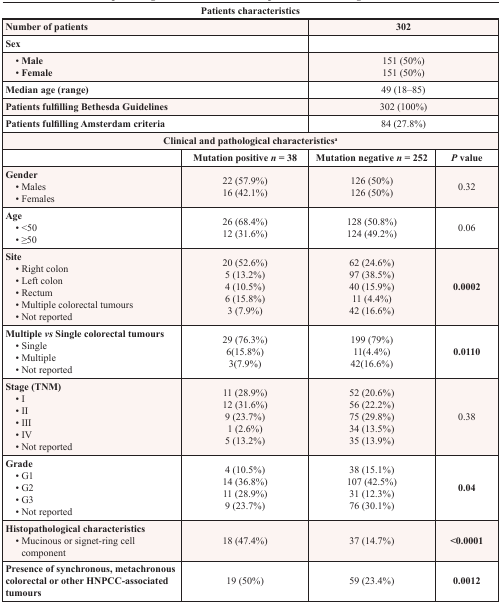
<table><thead><tr><td colspan="4"><b>Patients characteristics</b></td></tr></thead><tbody><tr><td colspan="2"><b>Number of patients</b></td><td colspan="2"><b>302</b></td></tr><tr><td colspan="2"><b>Sex</b></td><td colspan="2">[EMPTY_CELL]</td></tr><tr><td colspan="2"> • <b>Male</b></td><td colspan="2">151 (50%)</td></tr><tr><td colspan="2"> • <b>Female</b></td><td colspan="2">151 (50%)151 (50%)</td></tr><tr><td colspan="2"><b>Median age (range)</b></td><td colspan="2">49 (18–85)</td></tr><tr><td colspan="2"><b>Patients fulfilling Bethesda Guidelines</b></td><td colspan="2">302 (100%)</td></tr><tr><td colspan="2"><b>Patients fulfilling Amsterdam criteria</b></td><td colspan="2">84 (27.8%)</td></tr><tr><td colspan="4"><b>Clinical and pathological characteristics<sup>a</sup></b></td></tr><tr><td>[EMPTY_CELL]</td><td><b>Mutation positive <i>n</i> = 38</b></td><td><b>Mutation negative <i>n</i> = 252</b></td><td><b><i>P</i> value</b></td></tr><tr><td><b>Gender</b></td><td>[EMPTY_CELL]</td><td>[EMPTY_CELL]</td></tr><tr><td> • Males</td><td>22 (57.9%)</td><td>126 (50%)</td><td rowspan="2">0.32</td></tr><tr><td> • Females</td><td>16 (42.1%)</td><td>126 (50%)</td></tr><tr><td><b>Age</b></td><td>[EMPTY_CELL]</td><td>[EMPTY_CELL]</td></tr><tr><td> • &lt;50</td><td>26 (68.4%)</td><td>128 (50.8%)</td><td rowspan="2">0.06</td></tr><tr><td> • ≥50</td><td>12 (31.6%)</td><td>124 (49.2%)</td></tr><tr><td><b>Site</b></td><td>[EMPTY_CELL]</td><td>[EMPTY_CELL]</td><td>[EMPTY_CELL]</td></tr><tr><td> • Right colon</td><td>20 (52.6%)</td><td>62 (24.6%)</td><td rowspan="5"><b>0.0002</b></td></tr><tr><td> • Left colon</td><td>5 (13.2%)</td><td>97 (38.5%)</td></tr><tr><td> • Rectum</td><td>4 (10.5%)</td><td>40 (15.9%)</td></tr><tr><td> • Multiple colorectal tumours</td><td>6 (15.8%)</td><td>11 (4.4%)</td></tr><tr><td> • Not reported</td><td>3 (7.9%)</td><td>42 (16.6%)</td></tr><tr><td><b>Multiple <i>vs</i> Single colorectal tumours</b></td><td>[EMPTY_CELL]</td><td>[EMPTY_CELL]</td><td>[EMPTY_CELL]</td></tr><tr><td> • Single</td><td>29 (76.3%)</td><td>199 (79%)</td><td rowspan="3"><b>0.0110</b></td></tr><tr><td> • Multiple</td><td>6(15.8%)</td><td>11(4.4%)</td></tr><tr><td> • Not reported</td><td>3(7.9%)</td><td>42(16.6%)</td></tr><tr><td><b>Stage (TNM)</b></td><td>[EMPTY_CELL]</td><td>[EMPTY_CELL]</td><td>[EMPTY_CELL]</td></tr><tr><td> • I</td><td>11 (28.9%)</td><td>52 (20.6%)</td><td rowspan="5">0.38</td></tr><tr><td> • II</td><td>12 (31.6%)</td><td>56 (22.2%)</td></tr><tr><td> • III</td><td>9 (23.7%)</td><td>75 (29.8%)</td></tr><tr><td> • IV</td><td>1 (2.6%)</td><td>34 (13.5%)</td></tr><tr><td> • Not reported</td><td>5 (13.2%)</td><td>35 (13.9%)</td></tr><tr><td><b>Grade</b></td><td>[EMPTY_CELL]</td><td>[EMPTY_CELL]</td><td>[EMPTY_CELL]</td></tr><tr><td> • G1</td><td>4 (10.5%)</td><td>38 (15.1%)</td><td rowspan="4"><b>0.04</b></td></tr><tr><td> • G2</td><td>14 (36.8%)</td><td>107 (42.5%)</td></tr><tr><td> • G3</td><td>11 (28.9%)</td><td>31 (12.3%)</td></tr><tr><td> • Not reported</td><td>9 (23.7%)</td><td>76 (30.1%)</td></tr><tr><td><b>Histopathological characteristics</b></td><td>[EMPTY_CELL]</td><td>[EMPTY_CELL]</td><td>[EMPTY_CELL]</td></tr><tr><td> • Mucinous or signet-ring cell component</td><td>18 (47.4%)</td><td>37 (14.7%)</td><td><b>&lt; 0.0001</b></td></tr><tr><td><b>Presence of synchronous, metachronous colorectal or other HNPCC-associated tumours</b></td><td>19 (50%)</td><td>59 (23.4%)</td><td><b>0.0012</b></td></tr></tbody></table>